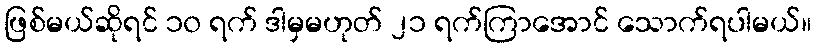
ဖြစ်မယ်ဆိုရင် ၁၀ ရက် ဒါမှမဟုတ် ၂၁ ရက်ကြာအောင် သောက်ရပါမယ်။